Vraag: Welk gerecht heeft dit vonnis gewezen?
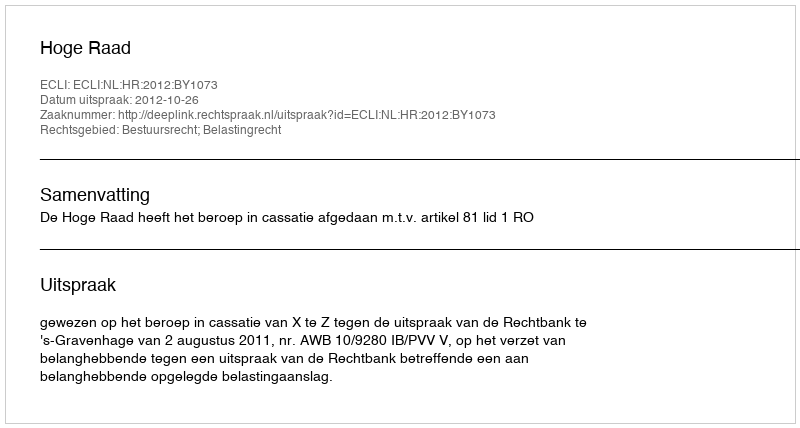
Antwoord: Hoge Raad